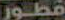
قطور